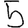
Digit: 5